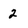
Character: 2